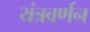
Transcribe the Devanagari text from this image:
यंत्रवर्णन